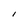
Character: 1